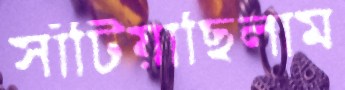
সাঁটিয়াছিলাম